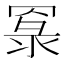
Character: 𦋔